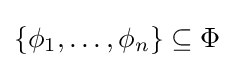
\{\phi _{1},\dots ,\phi _{n}\}\subseteq \Phi